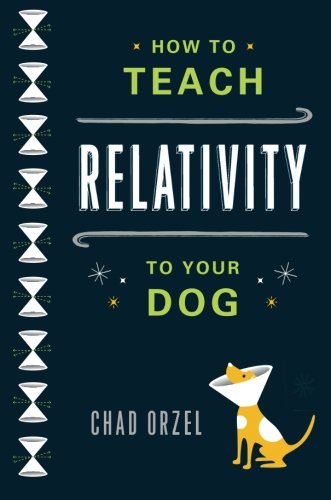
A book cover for How to Teach Relativity to Your Dog; Chad Orzel; Humor & Entertainment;